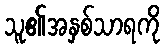
သူ၏အနှစ်သာရကို